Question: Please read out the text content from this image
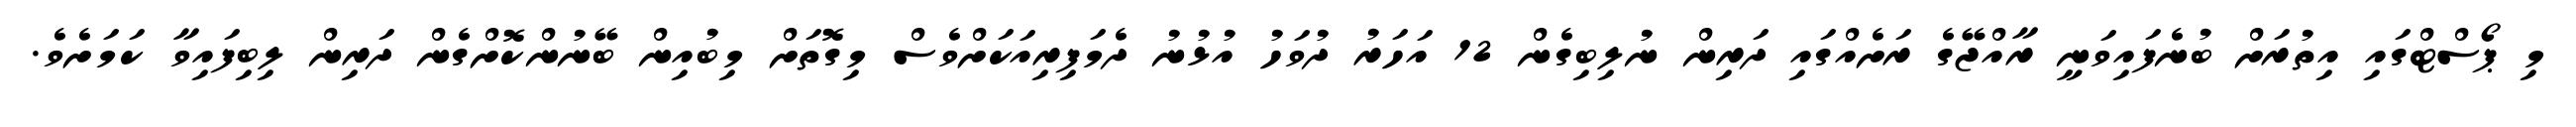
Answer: މި ޕޯސްޓްގައި އިތުރަށް ބުނެފައިވަނީ ރާއްޖޭގެ ރަށެއްގައި ދަރިން ނުލިބިގެން 12 އަހަރު ދުވަހު އުޅުނު ދެމަފިރިއަކަށްވެސް މިގޮތަށް މިބުއިން ބޭނުންކޮށްގެން ދަރިން ލިބިފައިވާ ކަމަށެވެ.